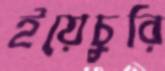
ইয়েচুরি